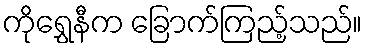
ကိုရွှေနီက ခြောက်ကြည့်သည်။